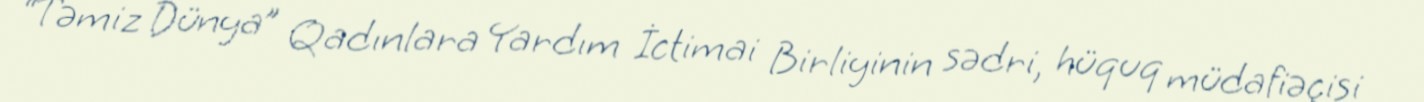
“Təmiz Dünya” Qadınlara Yardım İctimai Birliyinin sədri, hüquq müdafiəçisi